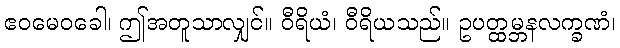
ဧဝမေဝခေါ၊ ဤအတူသာလျှင်။ ဝီရိယံ၊ ဝီရိယသည်။ ဥပတ္ထမ္ဘနလက္ခဏံ၊